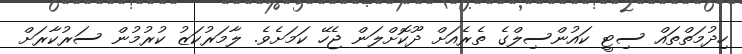
ހިދުމަތްތައް ސިޓީ ކައުންސިލްގެ ތެރެއަށް ދޫކޮށްލަން ޖެހޭ ކަމަށެވެ. ލާމަރުކަޒު ކުރުމުން ސަރުކާރަށް